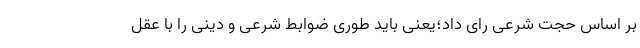
بر اساس حجت شرعی رای داد؛یعنی باید طوری ضوابط شرعی و دینی را با عقل